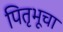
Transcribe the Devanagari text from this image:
पितृभूचा